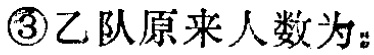
\textcircled{3}乙队原来人数为：